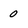
Character: 0